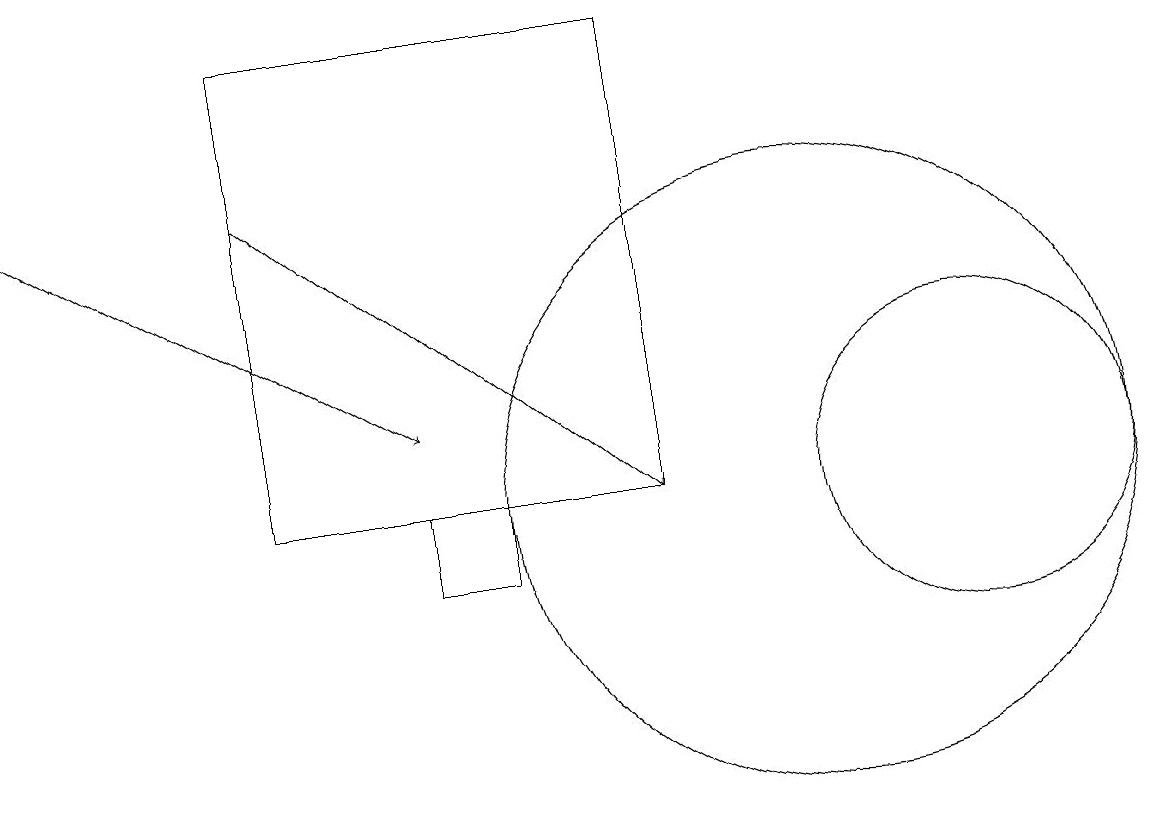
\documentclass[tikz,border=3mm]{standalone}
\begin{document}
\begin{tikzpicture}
\draw[->] (3,15) -- (8,11);
\draw (8,17) rectangle (3,11);
\draw (5,11) rectangle (6,10);
\draw[->] (0,15) -- (5,12);
\draw (12,11) circle (2);
\draw (10,11) circle (4);
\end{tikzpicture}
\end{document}